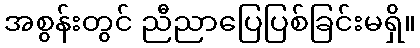
အစွန်းတွင် ညီညာပြေပြစ်ခြင်းမရှိ။